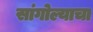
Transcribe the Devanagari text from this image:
सांगोल्याचा